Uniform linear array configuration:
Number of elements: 64
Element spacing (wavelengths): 0.5
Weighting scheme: blackman
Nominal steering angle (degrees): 30
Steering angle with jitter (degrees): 28.183
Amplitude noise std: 0.05
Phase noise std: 0.05

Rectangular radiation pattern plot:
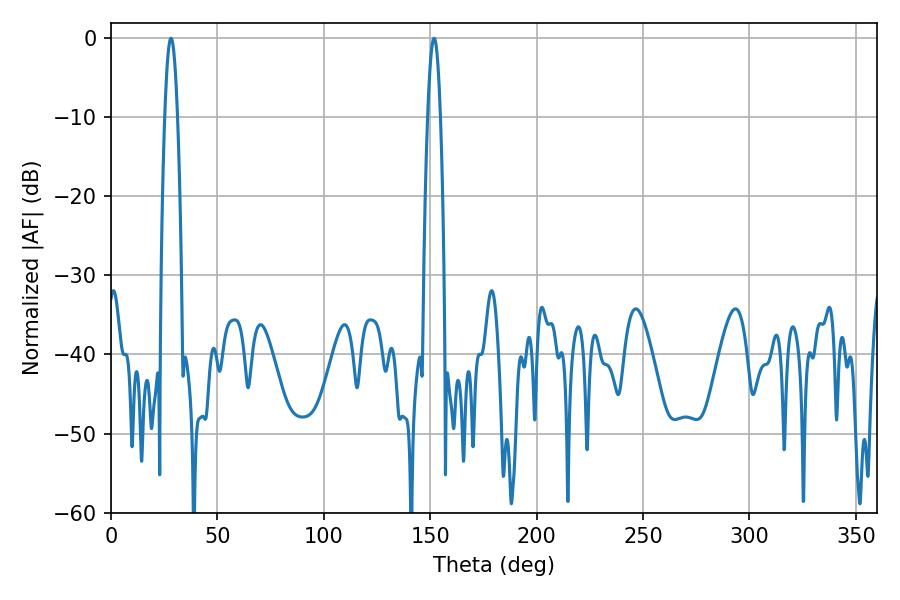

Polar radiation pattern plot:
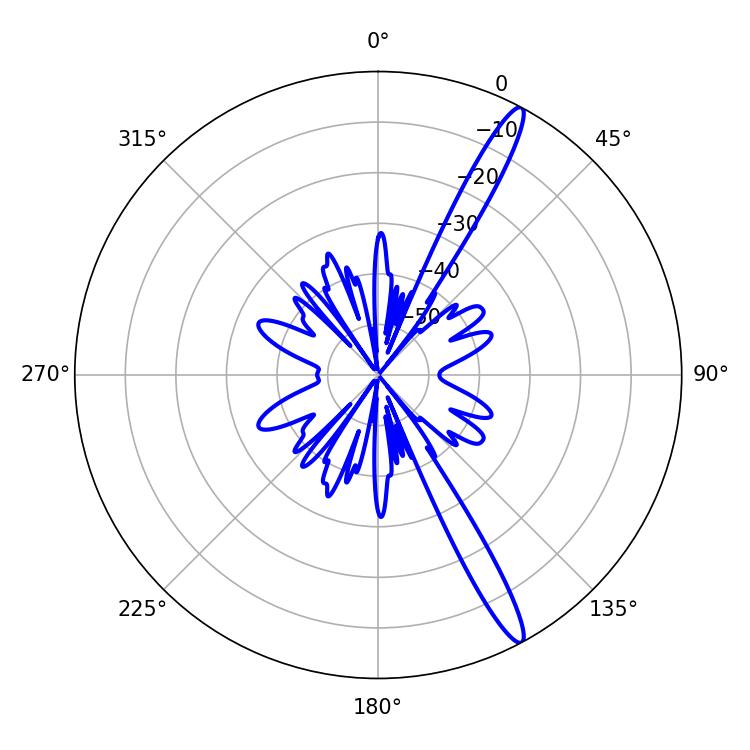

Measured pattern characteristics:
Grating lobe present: FALSE
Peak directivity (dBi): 15.296
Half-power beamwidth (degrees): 3.24
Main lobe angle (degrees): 28.26